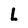
Character: L